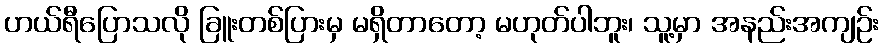
ဟယ်ရီပြောသလို ခြူးတစ်ပြားမှ မရှိတာတော့ မဟုတ်ပါဘူး၊ သူ့မှာ အနည်းအကျဉ်း